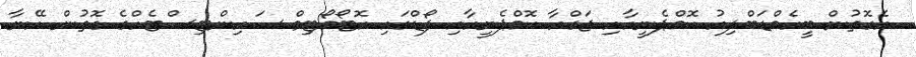
އެގޮތުން ބީއެމްޑަބްލިއު ކޮމްޕެނީއާއި ޖަގްއާ ކޮމްޕެނީއާއި ފޯޑްގައި އޮޓޯމޯޓިވް ސައިންޓިސްޓެއްގެ ގޮތުން އޭނާ